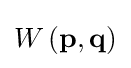
W\left(\mathbf {p,q} \right)